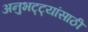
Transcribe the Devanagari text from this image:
अनुभट्ट्यांसाठी